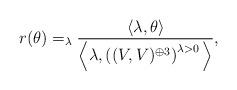
LaTeX: \begin{align*}r(\theta)=_\lambda \frac{\langle \lambda, \theta\rangle}{\Big\langle \lambda, \left((V, V)^{\oplus 3}\right)^{\lambda>0}\Big\rangle},\end{align*}